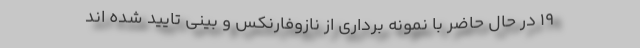
۱۹ در حال حاضر با نمونه برداری از نازوفارنکس و بینی تایید شده اند